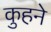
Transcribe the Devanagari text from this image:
कुहने